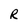
Character: R